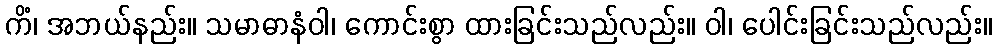
ကိံ၊ အဘယ်နည်း။ သမာဓာနံဝါ၊ ကောင်းစွာ ထားခြင်းသည်လည်း။ ဝါ၊ ပေါင်းခြင်းသည်လည်း။